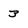
Character: 3